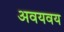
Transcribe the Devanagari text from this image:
अवयवय